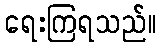
ရေးကြရသည်။